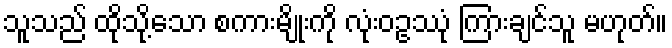
သူသည် ထိုသို့သော စကားမျိုးကို လုံးဝဥဿုံ ကြားချင်သူ မဟုတ်။